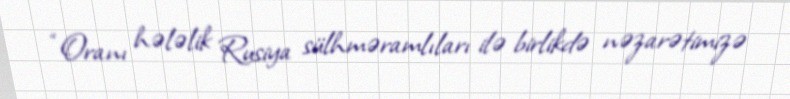
“Oranı hələlik Rusiya sülhməramlıları ilə birlikdə nəzarətimizə